65_HS1-834228961_62-HQ-83894_Section_8
Agency: FBI
Page 114
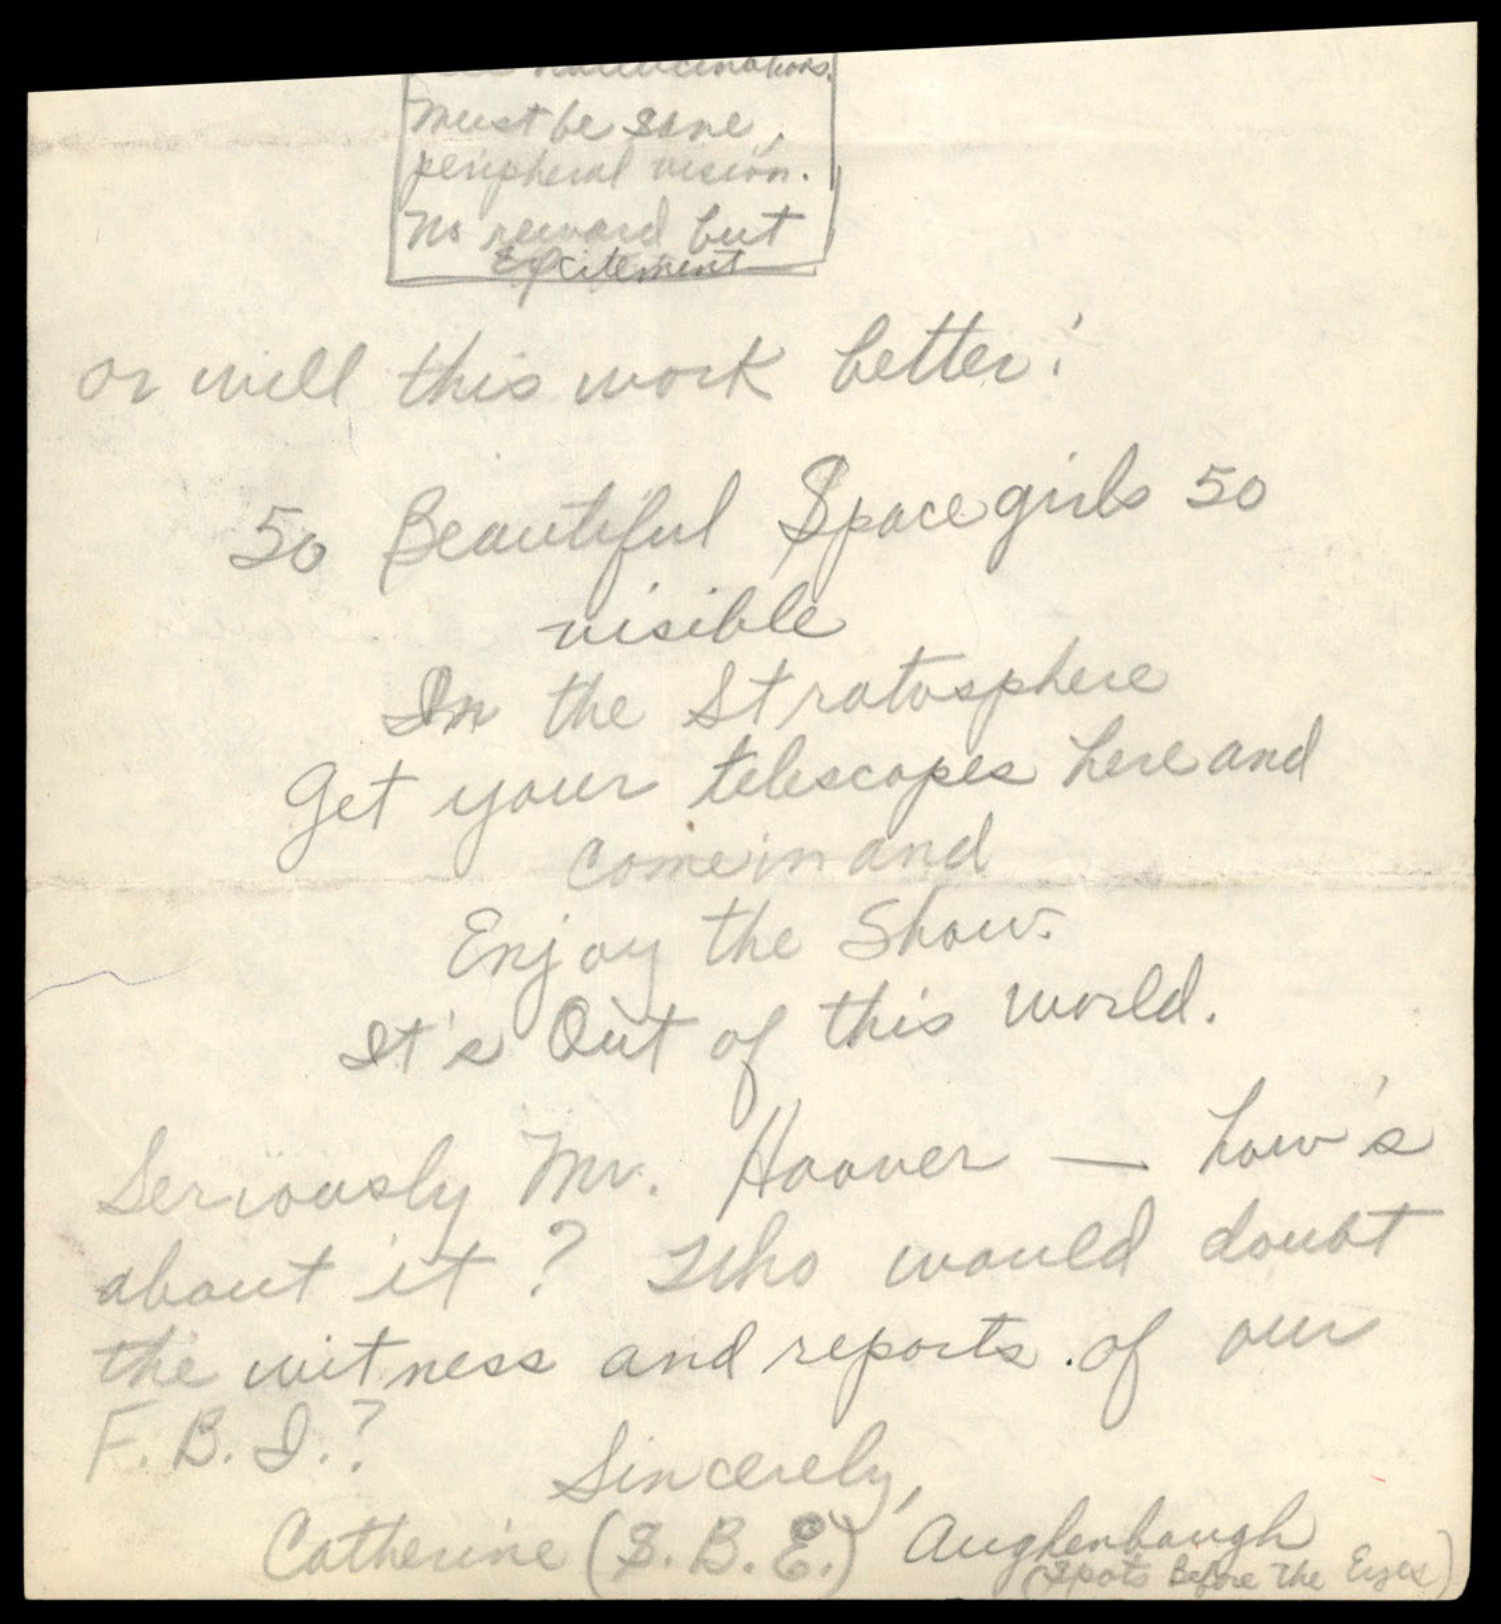